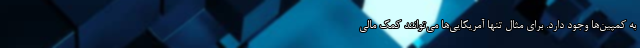
به کمپین‌ها وجود دارد. برای مثال تنها آمریکایی‌ها می‌توانند کمک مالی